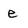
Character: e